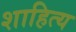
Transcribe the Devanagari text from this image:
शाहित्य